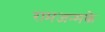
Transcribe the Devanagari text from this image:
रामजन्मके